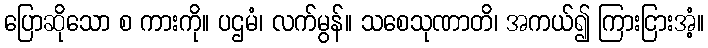
ပြောဆိုသော စ ကားကို။ ပဌမံ၊ လက်မွန်။ သစေသုဏာတိ၊ အကယ်၍ ကြားငြားအံ့။